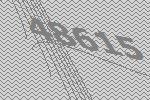
48615